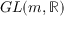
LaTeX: G L ( m , \mathbb { R } )